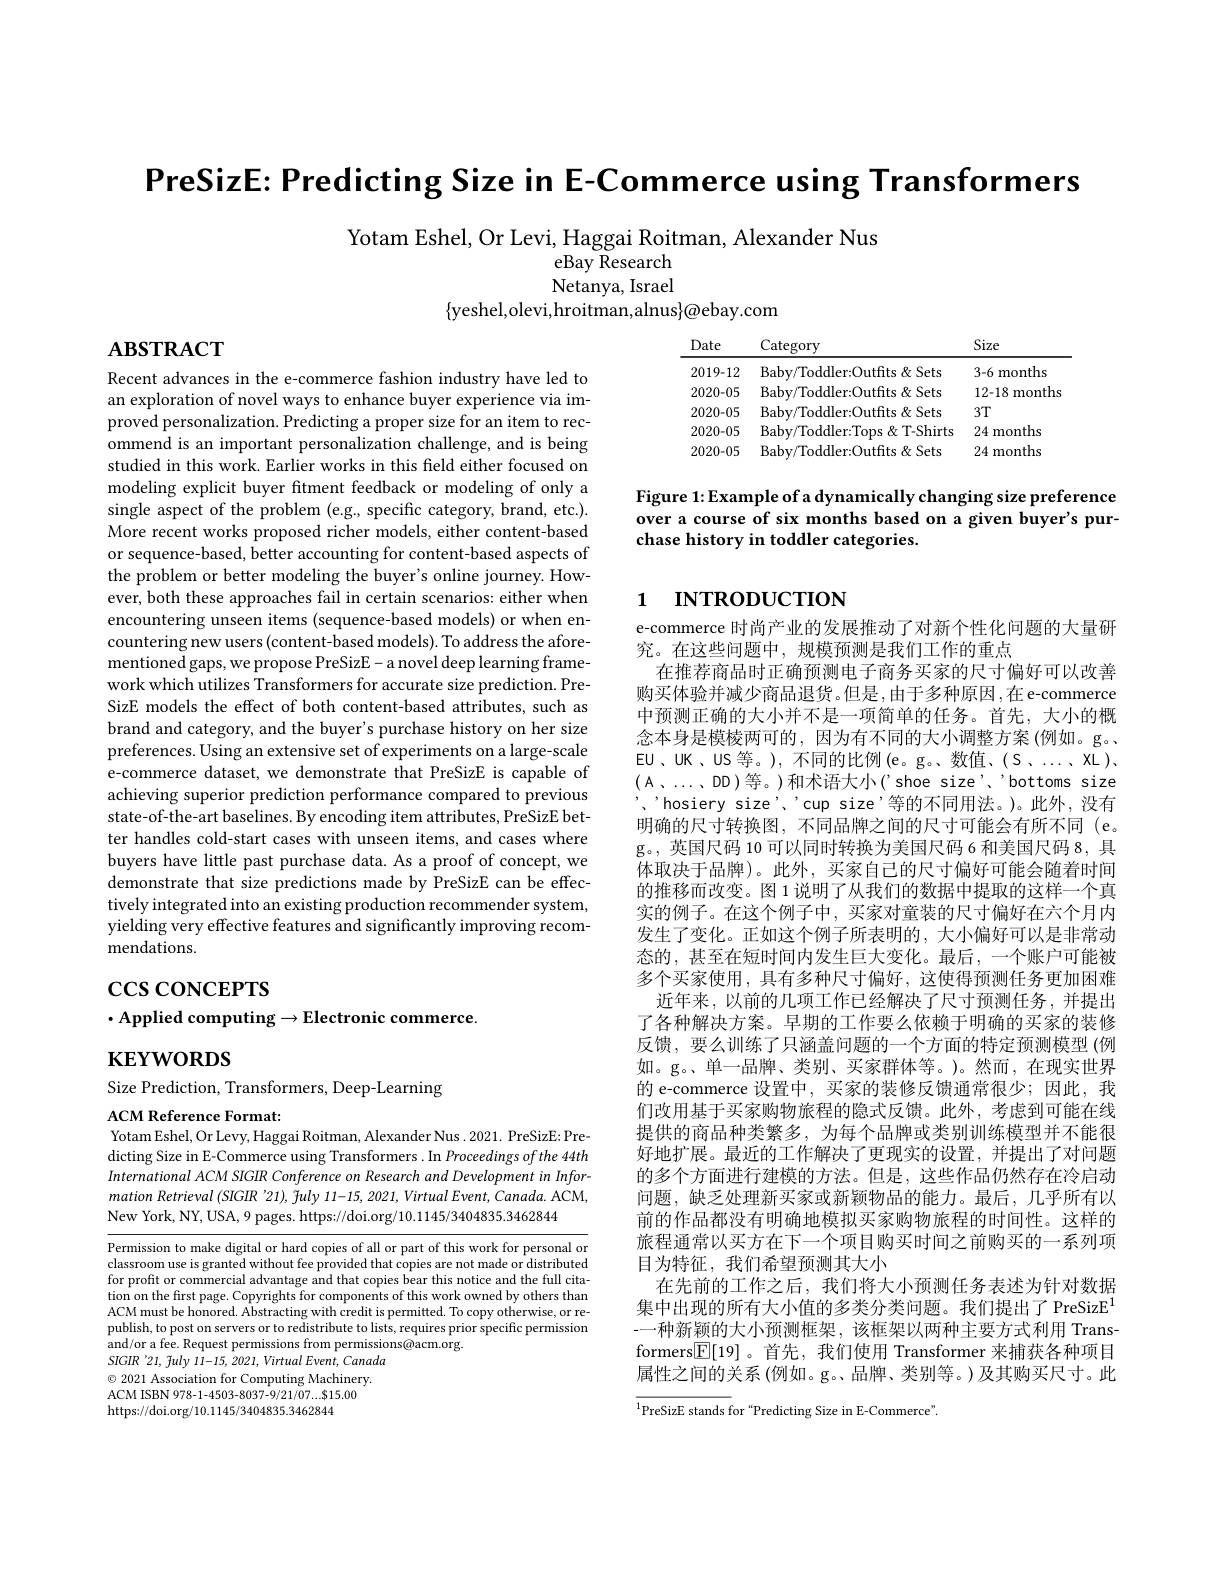
PreSizE: Predicting Size in E-Commerce using Transformers

Yotam Eshel, Or Levi, Haggai Roitman, Alexander Nus
eBay Research Netanya, Israel
$\{$yeshel,olevi,hroitman,alnus$\}\textcircled{a}$ebay.com

$\mathbf{ABSTRACT}$

<table>
	<tbody>
		<tr>
			<th>Date</th>
			<th>Category</th>
			<th>Size</th>
		</tr>
		<tr>
			<td>2019-12</td>
			<td>Baby/Toddler:Outfits&Sets</td>
			<td>3-6 months</td>
		</tr>
		<tr>
			<td>2020-05</td>
			<td>Baby/Toddler:Outfits&Sets</td>
			<td>12-18 months</td>
		</tr>
		<tr>
			<td>2020-05</td>
			<td>Baby/Toddler:Outfits&Sets</td>
			<td>$3T$</td>
		</tr>
		<tr>
			<td>2020-05</td>
			<td>Baby/ Toddler: Tops T- Shirts</td>
			<td>months 241</td>
		</tr>
		<tr>
			<td>2020-05</td>
			<td>Baby/Toddler:Outfits&Sets</td>
			<td>241 months</td>
		</tr>
	</tbody>
</table>

Figure 1:Example of a dynamically changing size preference over a course of six months based on a given buyer's purchase history in toddler categories.

# 1 INTRODUCTION

Recent advances in the e-commerce fashion industry have led to an exploration of novel ways to enhance buyer experience via improved personalization. Predicting a proper size for an item to recommend is an important personalization challenge, and is being studied in this work. Earlier works in this field either focused on modeling explicit buyer fitment feedback or modeling of only a single aspect of the problem (e.g., specific category, brand, etc.). More recent works proposed richer models, either content-based or sequence-based, better accounting for content-based aspects of the problem or better modeling the buyer's online journey. However, both these approaches fail in certain scenarios: either when encountering unseen items (sequence-based models) or when encountering new users (content-based models). To address the aforementioned gaps, we propose PreSizE- a novel deep learning framework which utilizes Transformers for accurate size prediction. PreSizE models the effect of both content-based attributes, such as brand and category, and the buyer's purchase history on her size preferences. Using an extensive set of experiments on a large-scale e-commerce dataset, we demonstrate that PreSizE is capable of achieving superior prediction performance compared to previous state-of-the-art baselines. By encoding item attributes, PreSizE better handles cold-start cases with unseen items, and cases where buyers have little past purchase data. As a proof of concept, we demonstrate that size predictions made by PreSizE can be effectively integrated into an existing production recommender system, yielding very effective features and significantly improving recommendations.

$\csc\csc$coNCEPTS
$\cdot$Applied computing$\to$Electronic commerce.

e-commerce 时尚产业的发展推动了对新个性化问题的大量研
究。在这些问题中，规模预测是我们工作的重点
在推荐商品时正确预测电子商务买家的尺寸偏好可以改善购买体验并减少商品退货。但是，由于多种原因，在 e-commerce 中预测正确的大小并不是一项简单的任务。首先，大小的概念本身是模棱两可的，因为有不同的大小调整方案(例如。g。EU、UK、US 等。),不同的比例(e。g。、数值、(S、....XL), (A、...、DD)等。)和术语大小('shoe size'、"bottoms size ,,hosiery size', cup size'等的不同用法。)。此外，没有明确的尺寸转换图，不同品牌之间的尺寸可能会有所不同(e。g。,英国尺码 10 可以同时转换为美国尺码 6 和美国尺码 8, 具体取决于品牌)。此外，买家自己的尺寸偏好可能会随着时间的推移而改变。图 1 说明了从我们的数据中提取的这样一个真实的例子。在这个例子中，买家对童装的尺寸偏好在六个月内发生了变化。正如这个例子所表明的，大小偏好可以是非常动态的，甚至在短时间内发生巨大变化。最后，一个账户可能被多个买家使用，具有多种尺寸偏好，这使得预测任务更加困难
近年来，以前的几项工作已经解决了尺寸预测任务，并提出了各种解决方案。早期的工作要么依赖于明确的买家的装修反馈，要么训练了只涵盖问题的一个方面的特定预测模型(例如。g。、单一品牌、类别、买家群体等。)。然而，在现实世界的 e-commerce 设置中，买家的装修反馈通常很少；因此，我们改用基于买家购物旅程的隐式反馈。此外，考虑到可能在线提供的商品种类繁多，为每个品牌或类别训练模型并不能很好地扩展。最近的工作解决了更现实的设置，并提出了对问题的多个方面进行建模的方法。但是，这些作品仍然存在冷启动问题，缺乏处理新买家或新颖物品的能力。最后，几乎所有以前的作品都没有明确地模拟买家购物旅程的时间性。这样的旅程通常以买方在下一个项目购买时间之前购买的一系列项目为特征，我们希望预测其大小
在先前的工作之后，我们将大小预测任务表述为针对数据集中出现的所有大小值的多类分类问题。我们提出了 PreSizE$^{1}$ -一种新颖的大小预测框架，该框架以两种主要方式利用 Transformers$\boxed{\mathbb{E}}[19]$。首先，我们使用 Transformer 来捕获各种项目属性之间的关系 (例如。g。、品牌、类别等。)及其购买尺寸。此${\overline{^{1}\text{PreSizE stands for }}}^{^{1}}$Predicting Size in E-Commerce"

$\mathbf{KEYWORDS}$

Size Prediction, Transformers, Deep-Learning

ACM Reference Format:
Yotam Eshel, Or Levy, Haggai Roitman, Alexander Nus. 2021. PreSizE: Pre-

dicting Size in E-Commerce using Transformers .In Proceedings of the 44th International ACM SIGIR Conference on Research and Development in Information Retrieval (SIGIR '21), fuly 11-15, 2021, Virtual Event, Canada. ACM, New York, NY, USA, 9 pages. https://doi.org/10.1145/3404835.3462844

Permission to make digital or hard copies of all or part of this work for personal or classroom use is granted without fee provided that copies are not made or distributed for profit or commercial advantage and that copies bear this notice and the full citation on the first page. Copyrights for components of this work owned by others than ACM must be honored. Abstracting with credit is permitted. To copy otherwise, or republish, to post on servers or to redistribute to lists, requires prior specific permission and/or a fee. Request permissions from permissions@acm.org.
SIGIR '21, fuly 11-15, 2021, Virtual Event, Canada $\odot$ 2021 Association for Computing Machinery. ACM ISBN 978-1-4503-8037-9/21/07....$15.00 https://doi.org/10.1145/3404835.3462844